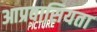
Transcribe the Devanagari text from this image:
आप्रवासियता